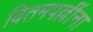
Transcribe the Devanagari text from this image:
वितमपल्लींना